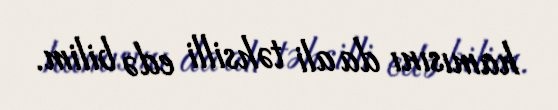
hamısını da ali təhsilli edə bilim.